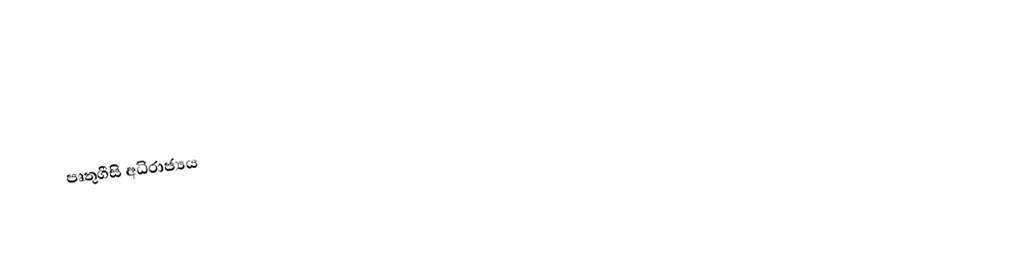
පෘතුගීසි අධිරාජ්‍යය